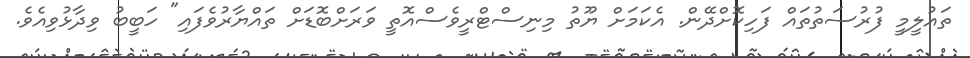
ތައުލީމީ ފުރުސަތުތައް ފަހިކޮށްދޭން. އެކަމަށް ޔޫތު މިނިސްޓްރީވެސްއޮތީ ވަރަށްބޮޑަށް ތައްޔާރުވެފައި" ހަބީބު ވިދާޅުވިއެވެ.